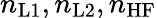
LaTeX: n_{\mathrm{L1}},n_{\mathrm{L2}},n_{\mathrm{HF}}